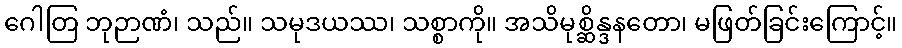
ဂေါတြ ဘုဉာဏံ၊ သည်။ သမုဒယဿ၊ သစ္စာကို။ အသိမုစ္ဆိန္ဒနတော၊ မဖြတ်ခြင်းကြောင့်။